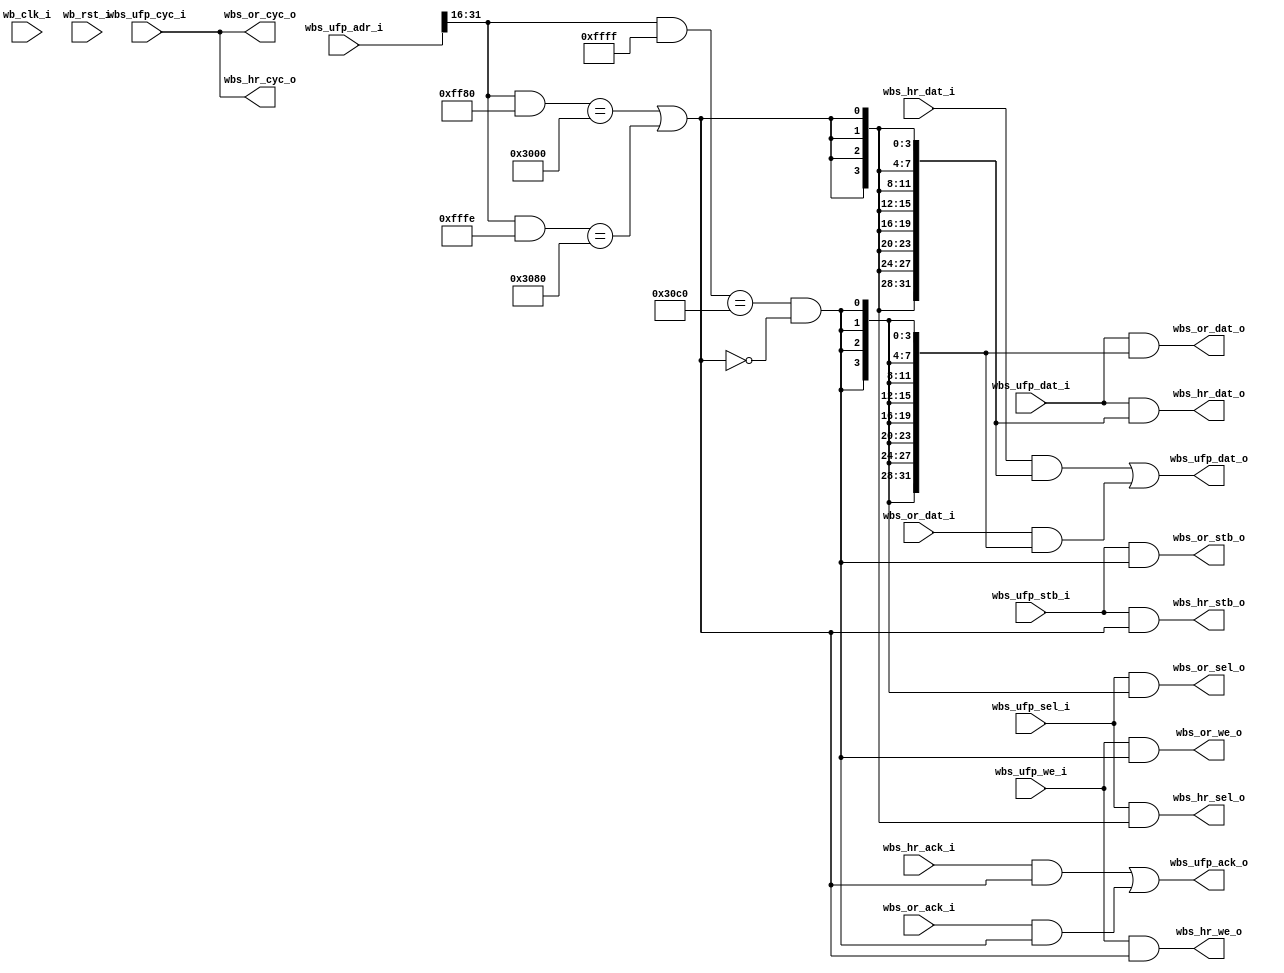
// SPDX-FileCopyrightText: 2021 embelon
//
// Licensed under the Apache License, Version 2.0 (the "License");
// you may not use this file except in compliance with the License.
// You may obtain a copy of the License at
//
//      http://www.apache.org/licenses/LICENSE-2.0
//
// Unless required by applicable law or agreed to in writing, software
// distributed under the License is distributed on an "AS IS" BASIS,
// WITHOUT WARRANTIES OR CONDITIONS OF ANY KIND, either express or implied.
// See the License for the specific language governing permissions and
// limitations under the License.
// SPDX-License-Identifier: Apache-2.0

`default_nettype none

module wb_ram_bus_mux
(
`ifdef USE_POWER_PINS
    inout vccd1,	// User area 1 1.8V supply
    inout vssd1,	// User area 1 digital ground
`endif

    // Wishbone UFP (Upward Facing Port)
    input           wb_clk_i,
    input           wb_rst_i,
    input           wbs_ufp_stb_i,
    input           wbs_ufp_cyc_i,
    input           wbs_ufp_we_i,
    input   [3:0]   wbs_ufp_sel_i,
    input   [31:0]  wbs_ufp_dat_i,
    input   [31:0]  wbs_ufp_adr_i,
    output          wbs_ufp_ack_o,
    output  [31:0]  wbs_ufp_dat_o,

    // Wishbone HR (Downward Facing Port) - HyperRAM driver
    output          wbs_hr_stb_o,
    output          wbs_hr_cyc_o,
    output          wbs_hr_we_o,
    output  [3:0]   wbs_hr_sel_o,
    input   [31:0]  wbs_hr_dat_i,
//    output   [31:0]  wbs_or_adr_i,	// address connected directly from UFP
    input           wbs_hr_ack_i,
    output  [31:0]  wbs_hr_dat_o,


    // Wishbone OR (Downward Facing Port) - OpenRAM
    output          wbs_or_stb_o,
    output          wbs_or_cyc_o,
    output          wbs_or_we_o,
    output  [3:0]   wbs_or_sel_o,
    input   [31:0]  wbs_or_dat_i,
//    input   [31:0]  wbs_or_adr_i,	// address connected directly from UFP
    input           wbs_or_ack_i,
    output  [31:0]  wbs_or_dat_o

);

parameter HB_RAM_ADDR_HI_MASK = 16'hff80;
parameter HB_RAM_ADDR_HI = 16'h3000;
parameter HB_REG_CSR_ADDR_HI_MASK = 16'hfffe;
parameter HB_REG_CSR_ADDR_HI = 16'h3080;

parameter OR_ADDR_HI_MASK = 16'hffff;
parameter OR_ADDR_HI = 16'h30c0;

wire [15:0] ufp_adr_hi;
assign ufp_adr_hi = wbs_ufp_adr_i[31:16];

wire hr_select;
assign hr_select = ((ufp_adr_hi & HB_RAM_ADDR_HI_MASK) == HB_RAM_ADDR_HI) || ((ufp_adr_hi & HB_REG_CSR_ADDR_HI_MASK) == HB_REG_CSR_ADDR_HI);

wire or_select;
assign or_select = ((ufp_adr_hi & OR_ADDR_HI_MASK) == OR_ADDR_HI) && !hr_select;

// UFP -> HyperRAM
assign wbs_hr_stb_o = wbs_ufp_stb_i & hr_select;
assign wbs_hr_cyc_o = wbs_ufp_cyc_i;
assign wbs_hr_we_o = wbs_ufp_we_i & hr_select;
assign wbs_hr_sel_o = wbs_ufp_sel_i & {4{hr_select}};
assign wbs_hr_dat_o = wbs_ufp_dat_i & {32{hr_select}};

// UFP -> OpenRAM
assign wbs_or_stb_o = wbs_ufp_stb_i & or_select;
assign wbs_or_cyc_o = wbs_ufp_cyc_i;
assign wbs_or_we_o = wbs_ufp_we_i & or_select;
assign wbs_or_sel_o = wbs_ufp_sel_i & {4{or_select}};
assign wbs_or_dat_o = wbs_ufp_dat_i & {32{or_select}};

// HyperRAM or OpenRAM -> UFP
assign wbs_ufp_ack_o = (wbs_hr_ack_i & hr_select) | (wbs_or_ack_i & or_select);
assign wbs_ufp_dat_o = (wbs_hr_dat_i & {32{hr_select}}) | (wbs_or_dat_i & {32{or_select}});

endmodule	// wb_ram_bus_mux

`default_nettype wire